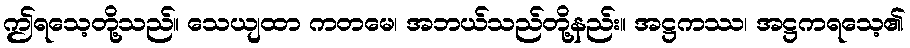
ဤရသေ့တို့သည်။ သေယျထာ ကတမေ၊ အဘယ်သည်တို့နည်း။ အဋ္ဌကဿ၊ အဋ္ဌကရသေ့၏